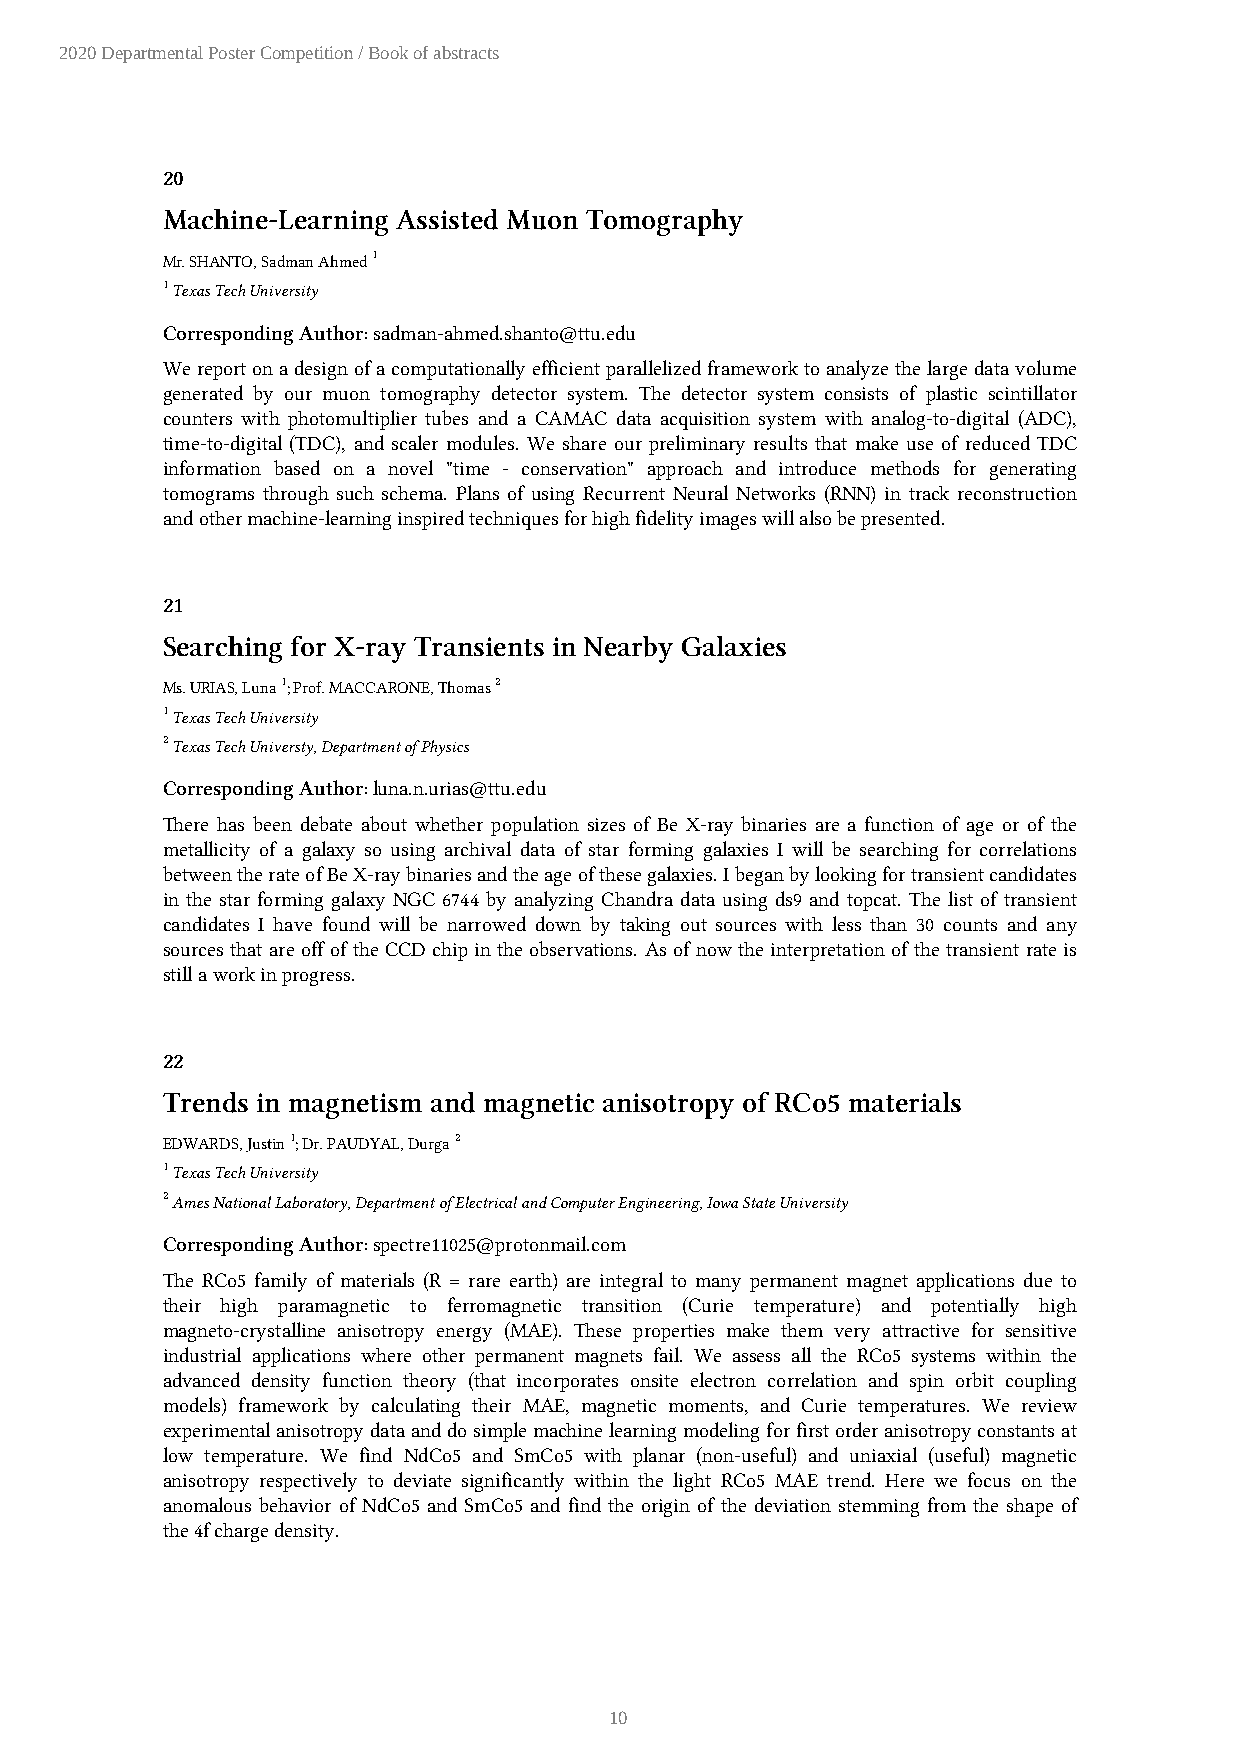
2020 Departmental Poster Competition / Book of abstracts
 20
 Machine-Learning Assisted Muon Tomography
 Mr. SHANTO, Sadman Ahmed 1
 1 Texas Tech University
 Corresponding Author: sadman-ahmed.shanto@ttu.edu
 We report on a design of a computationally efficient parallelized framework to analyze the large data volume
 generated by our muon tomography detector system. The detector system consists of plastic scintillator
 counters with photomultiplier tubes and a CAMAC data acquisition system with analog-to-digital (ADC),
 time-to-digital (TDC), and scaler modules. We share our preliminary results that make use of reduced TDC
 information based on a novel "time - conservation" approach and introduce methods for generating
 tomograms through such schema. Plans of using Recurrent Neural Networks (RNN) in track reconstruction
 and other machine-learning inspired techniques for high fidelity images will also be presented.
 21
 Searching for X-ray Transients in Nearby Galaxies
 Ms. URIAS, Luna 1; Prof. MACCARONE, Thomas 2
 1 Texas Tech University
 2 Texas Tech Universty, Department of Physics
 Corresponding Author: luna.n.urias@ttu.edu
 There has been debate about whether population sizes of Be X-ray binaries are a function of age or of the
 metallicity of a galaxy so using archival data of star forming galaxies I will be searching for correlations
 between the rate of Be X-ray binaries and the age of these galaxies. I began by looking for transient candidates
 in the star forming galaxy NGC 6744 by analyzing Chandra data using ds9 and topcat. The list of transient
 candidates I have found will be narrowed down by taking out sources with less than 30 counts and any
 sources that are off of the CCD chip in the observations. As of now the interpretation of the transient rate is
 still a work in progress.
 22
 Trends in magnetism and magnetic anisotropy of RCo5 materials
 EDWARDS, Justin 1; Dr. PAUDYAL, Durga 2
 1 Texas Tech University
 2 Ames National Laboratory, Department of Electrical and Computer Engineering, Iowa State University
 Corresponding Author: spectre11025@protonmail.com
 The RCo5 family of materials (R = rare earth) are integral to many permanent magnet applications due to
 their high paramagnetic to ferromagnetic transition (Curie temperature) and potentially high
 magneto-crystalline anisotropy energy (MAE). These properties make them very attractive for sensitive
 industrial applications where other permanent magnets fail. We assess all the RCo5 systems within the
 advanced density function theory (that incorporates onsite electron correlation and spin orbit coupling
 models) framework by calculating their MAE, magnetic moments, and Curie temperatures. We review
 experimental anisotropy data and do simple machine learning modeling for first order anisotropy constants at
 low temperature. We find NdCo5 and SmCo5 with planar (non-useful) and uniaxial (useful) magnetic
 anisotropy respectively to deviate significantly within the light RCo5 MAE trend. Here we focus on the
 anomalous behavior of NdCo5 and SmCo5 and find the origin of the deviation stemming from the shape of
 the 4f charge density.
 10